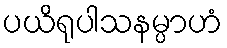
ပယိရုပါသနမ္ပာဟံ